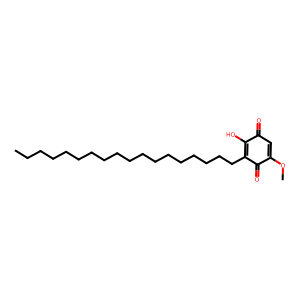
SMILES: CCCCCCCCCCCCCCCCCCC1=C(O)C(=O)C=C(OC)C1=O
Inhibits HIV replication: No